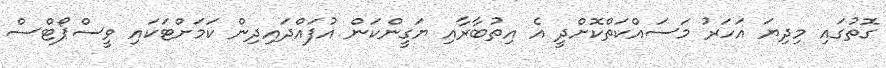
ގޮތުގައި މިދިޔަ އަހަރު މަސައްކަތްކޮށްދީ އެ އިތުބާރާއި ޔަގީންކަން އުފައްދައިދިން ކަމަށްޓަކައި ވީސްޕޯޓްސް